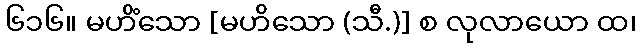
၆၁၆။ မဟိံသော [မဟိသော (သီ.)] စ လုလာယော ထ၊